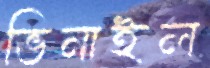
ভিনাইল